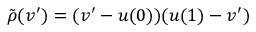
\tilde { \rho } ( v ^ { \prime } ) = ( v ^ { \prime } - u ( 0 ) ) ( u ( 1 ) - v ^ { \prime } )